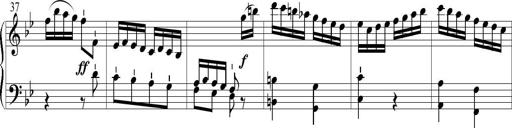
Title: 6 Leichte Sonatinen, Teil 1
Composer: F. Sigismund Sander